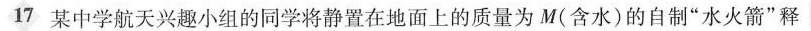
17 某中学航天兴趣小组的同学将静置在地面上的质量为M(含水)的自制”水火箭”释